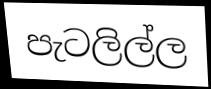
පැටලිල්ල